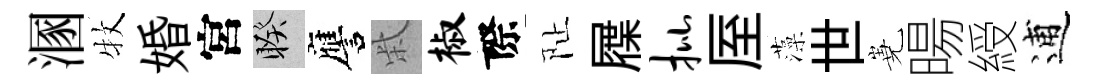
溷牧婚宮睽譍柴椒際阯屧批厔藻世嶤暘綬逋